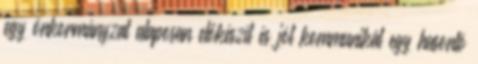
egy önkormányzat alaposan előkészít és jól kommunikál egy hasonló